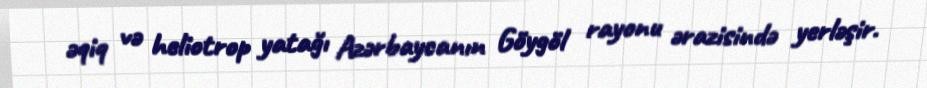
əqiq və heliotrop yatağı Azərbaycanın Göygöl rayonu ərazisində yerləşir.